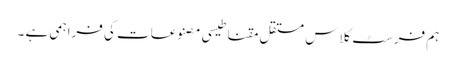
ہم فرسٹ کلاس مستقل مقناطیسی مصنوعات کی فراہمی ہے ۔